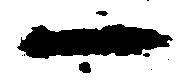
一